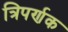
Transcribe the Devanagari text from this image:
त्रिपर्णक